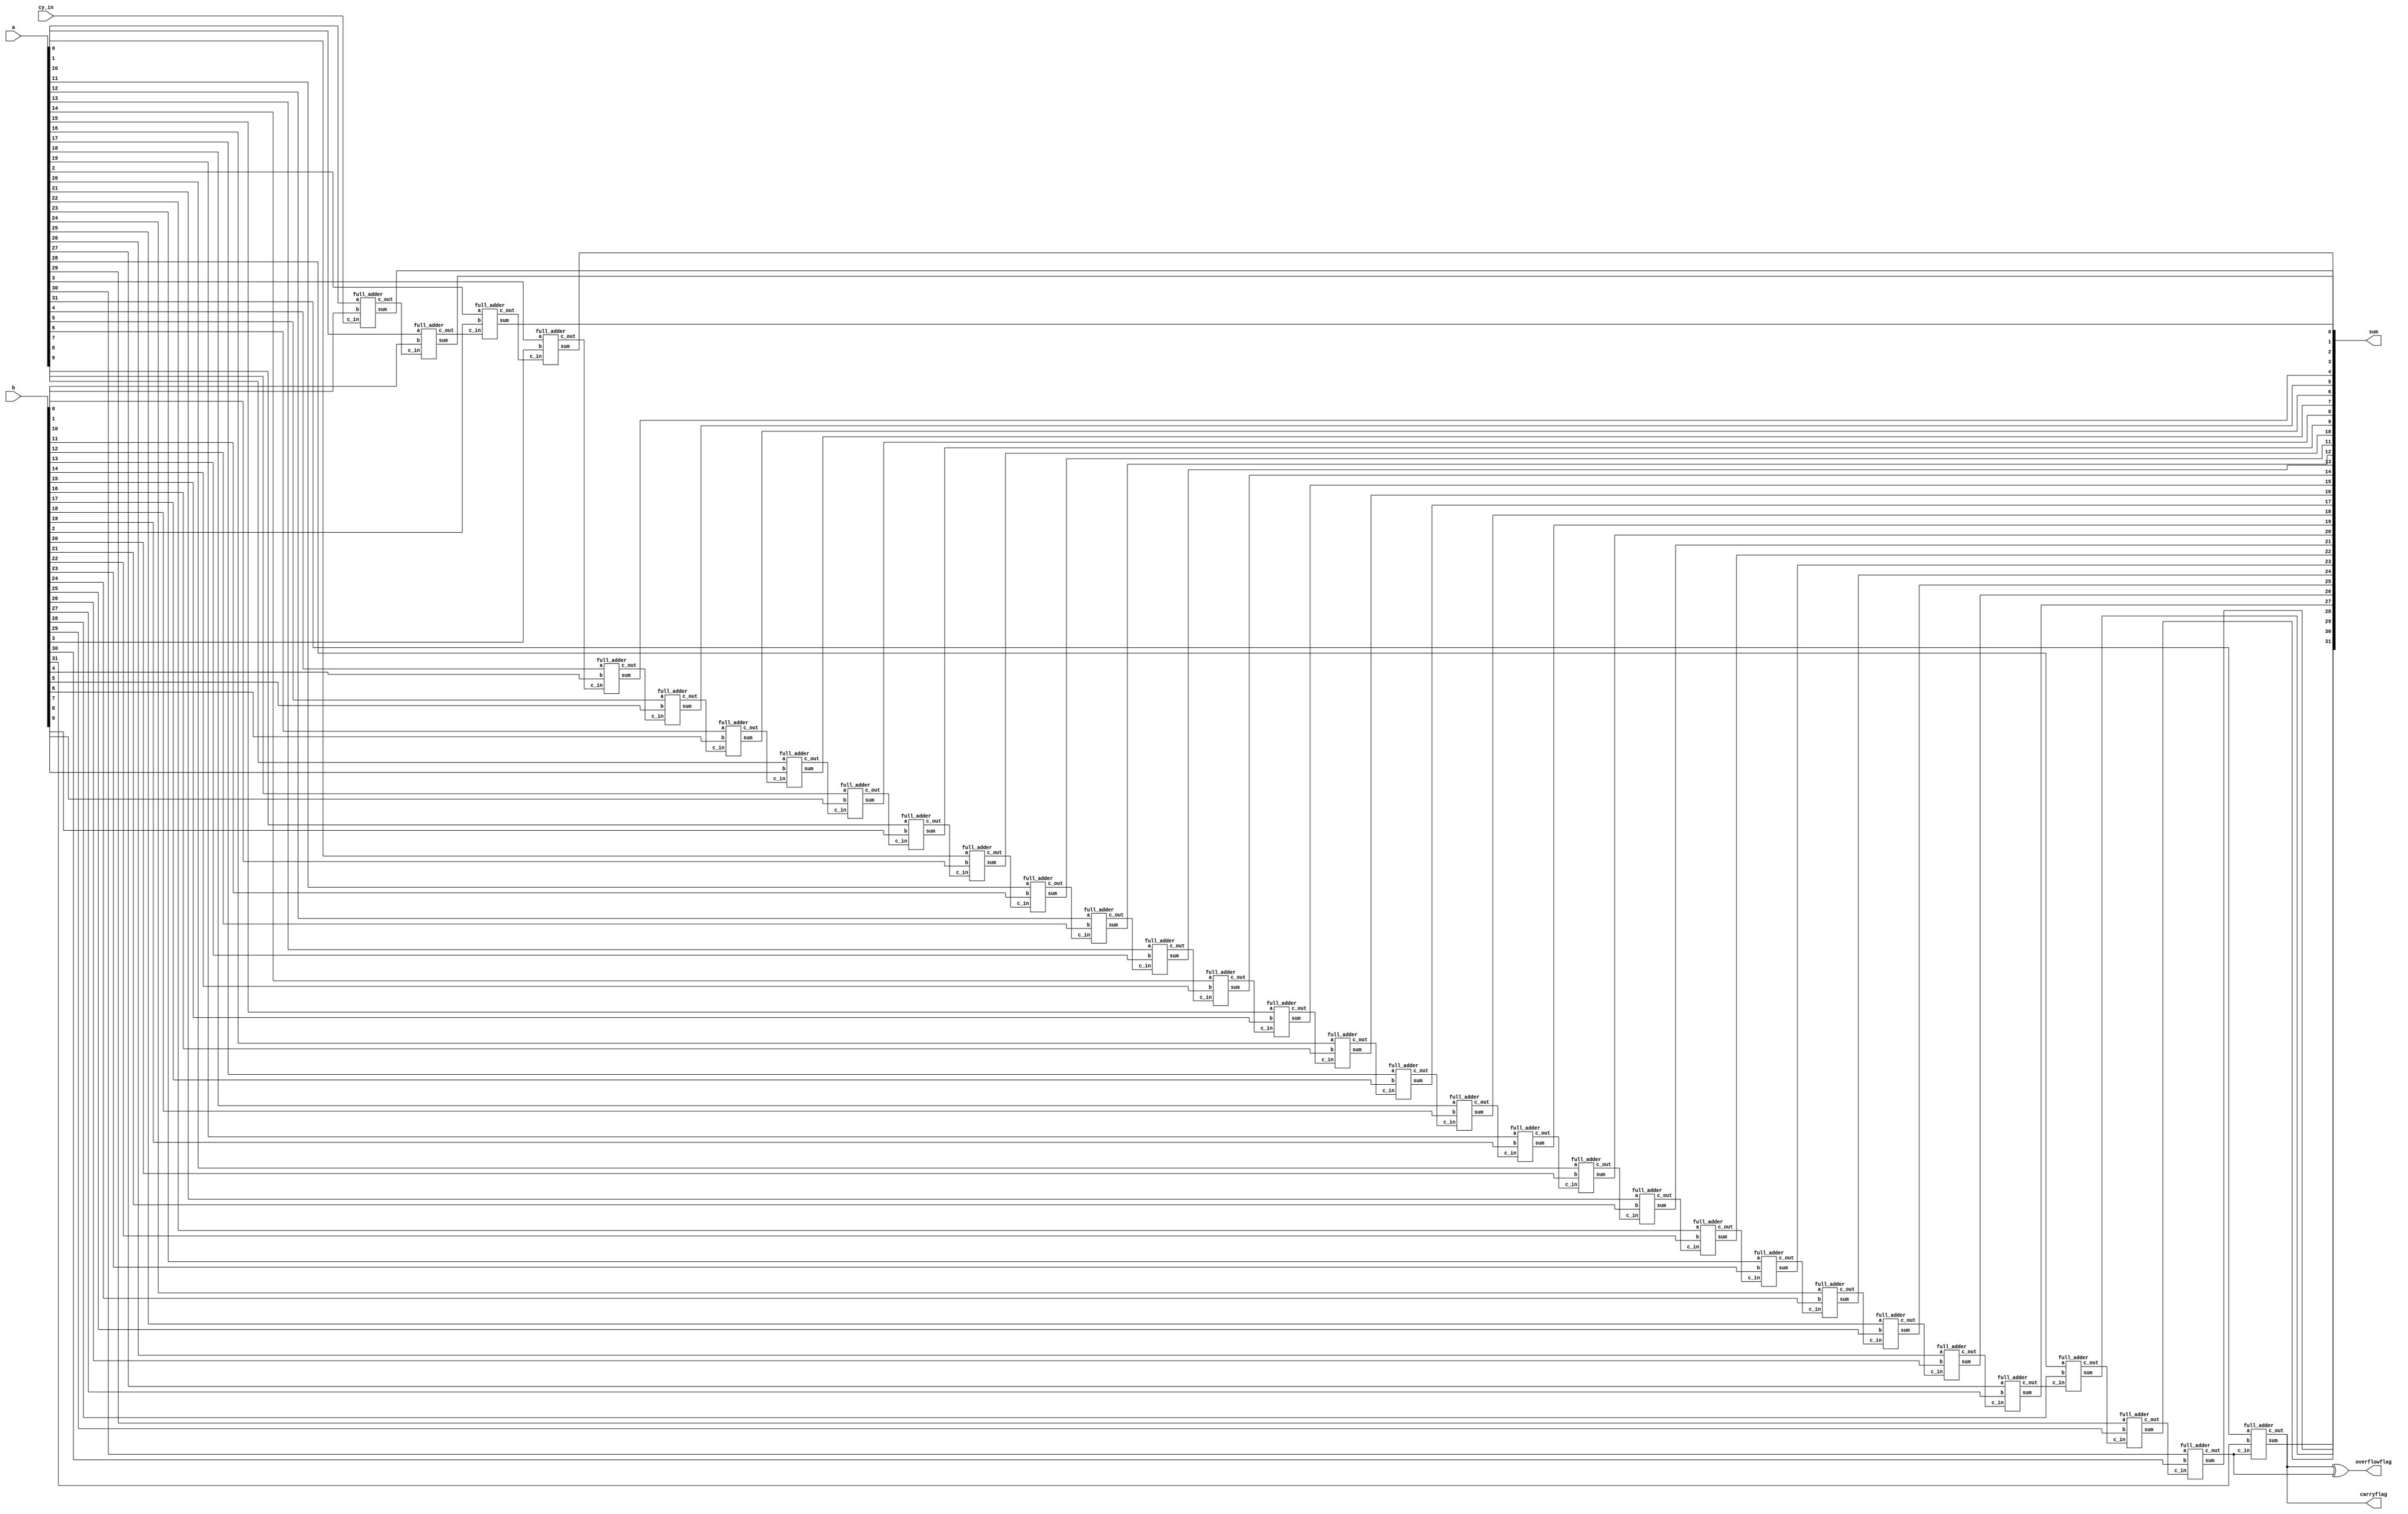
`timescale 1ns / 1ps

/*Assignment No. 7
  Semester 5
  Group No. 13
  Members : 
  		Arpit Jain (16CS10007)
		Eeshan Gupta (16CS30009)
*/

module adder(
    input [31:0] a,
    input [31:0] b,
    input cy_in,
    output [31:0] sum,
	 output carryflag,
	 output overflowflag
    );
	wire [31:0] carry; 
	full_adder FA0(a[0],b[0],cy_in,sum[0],carry[1]);
	full_adder FA1(a[1],b[1],carry[1],sum[1],carry[2]);
	full_adder FA2(a[2],b[2],carry[2],sum[2],carry[3]);
	full_adder FA3(a[3],b[3],carry[3],sum[3],carry[4]);
	full_adder FA4(a[4],b[4],carry[4],sum[4],carry[5]);
	full_adder FA5(a[5],b[5],carry[5],sum[5],carry[6]);
	full_adder FA6(a[6],b[6],carry[6],sum[6],carry[7]);
	full_adder FA7(a[7],b[7],carry[7],sum[7],carry[8]);
	full_adder FA8(a[8],b[8],carry[8],sum[8],carry[9]);
	full_adder FA9(a[9],b[9],carry[9],sum[9],carry[10]);
	full_adder FA10(a[10],b[10],carry[10],sum[10],carry[11]);
	full_adder FA11(a[11],b[11],carry[11],sum[11],carry[12]);
	full_adder FA12(a[12],b[12],carry[12],sum[12],carry[13]);
	full_adder FA13(a[13],b[13],carry[13],sum[13],carry[14]);
	full_adder FA14(a[14],b[14],carry[14],sum[14],carry[15]);
	full_adder FA15(a[15],b[15],carry[15],sum[15],carry[16]);
	full_adder FA16(a[16],b[16],carry[16],sum[16],carry[17]);
	full_adder FA17(a[17],b[17],carry[17],sum[17],carry[18]);
	full_adder FA18(a[18],b[18],carry[18],sum[18],carry[19]);
	full_adder FA19(a[19],b[19],carry[19],sum[19],carry[20]);
	full_adder FA20(a[20],b[20],carry[20],sum[20],carry[21]);
	full_adder FA21(a[21],b[21],carry[21],sum[21],carry[22]);
	full_adder FA22(a[22],b[22],carry[22],sum[22],carry[23]);
	full_adder FA23(a[23],b[23],carry[23],sum[23],carry[24]);
	full_adder FA24(a[24],b[24],carry[24],sum[24],carry[25]);
	full_adder FA25(a[25],b[25],carry[25],sum[25],carry[26]);
	full_adder FA26(a[26],b[26],carry[26],sum[26],carry[27]);
	full_adder FA27(a[27],b[27],carry[27],sum[27],carry[28]);
	full_adder FA28(a[28],b[28],carry[28],sum[28],carry[29]);
	full_adder FA29(a[29],b[29],carry[29],sum[29],carry[30]);
	full_adder FA30(a[30],b[30],carry[30],sum[30],carry[31]);
	full_adder FA31(a[31],b[31],carry[31],sum[31],carryflag);
	assign overflowflag = carryflag ^ carry[31];
endmodule
	
	
module full_adder(
		input a,
		input b,
		input c_in,
		output sum,
		output c_out
    );
	assign sum = a^b^c_in;
	assign c_out = (a&b)|(b&c_in)|(c_in&a);
endmodule